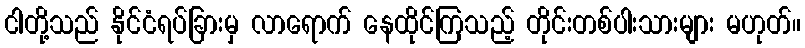
ငါတို့သည် နိုင်ငံရပ်ခြားမှ လာရောက် နေထိုင်ကြသည့် တိုင်းတစ်ပါးသားများ မဟုတ်။